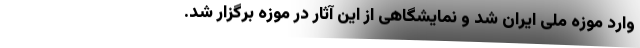
وارد موزه ملی ایران شد و نمایشگاهی از این آثار در موزه برگزار شد.